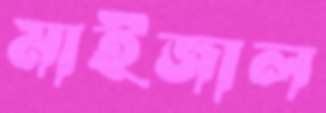
মাইজাল